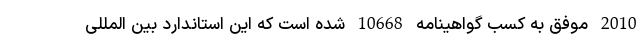
2010 موفق به کسب گواهینامه 10668 شده است که این استاندارد بین المللی